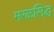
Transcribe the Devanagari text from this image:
मरळसिद्ध